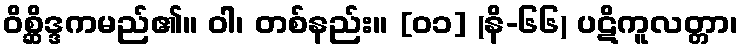
ဝိစ္ဆိဒ္ဒကမည်၏။ ဝါ၊ တစ်နည်း။ [၀၁] (နိ-၆၆) ပဋိကူလတ္တာ၊